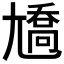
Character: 𡰑